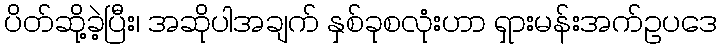
ပိတ်ဆို့ခဲ့ပြီး၊ အဆိုပါအချက် နှစ်ခုစလုံးဟာ ရှားမန်းအက်ဥပဒေ